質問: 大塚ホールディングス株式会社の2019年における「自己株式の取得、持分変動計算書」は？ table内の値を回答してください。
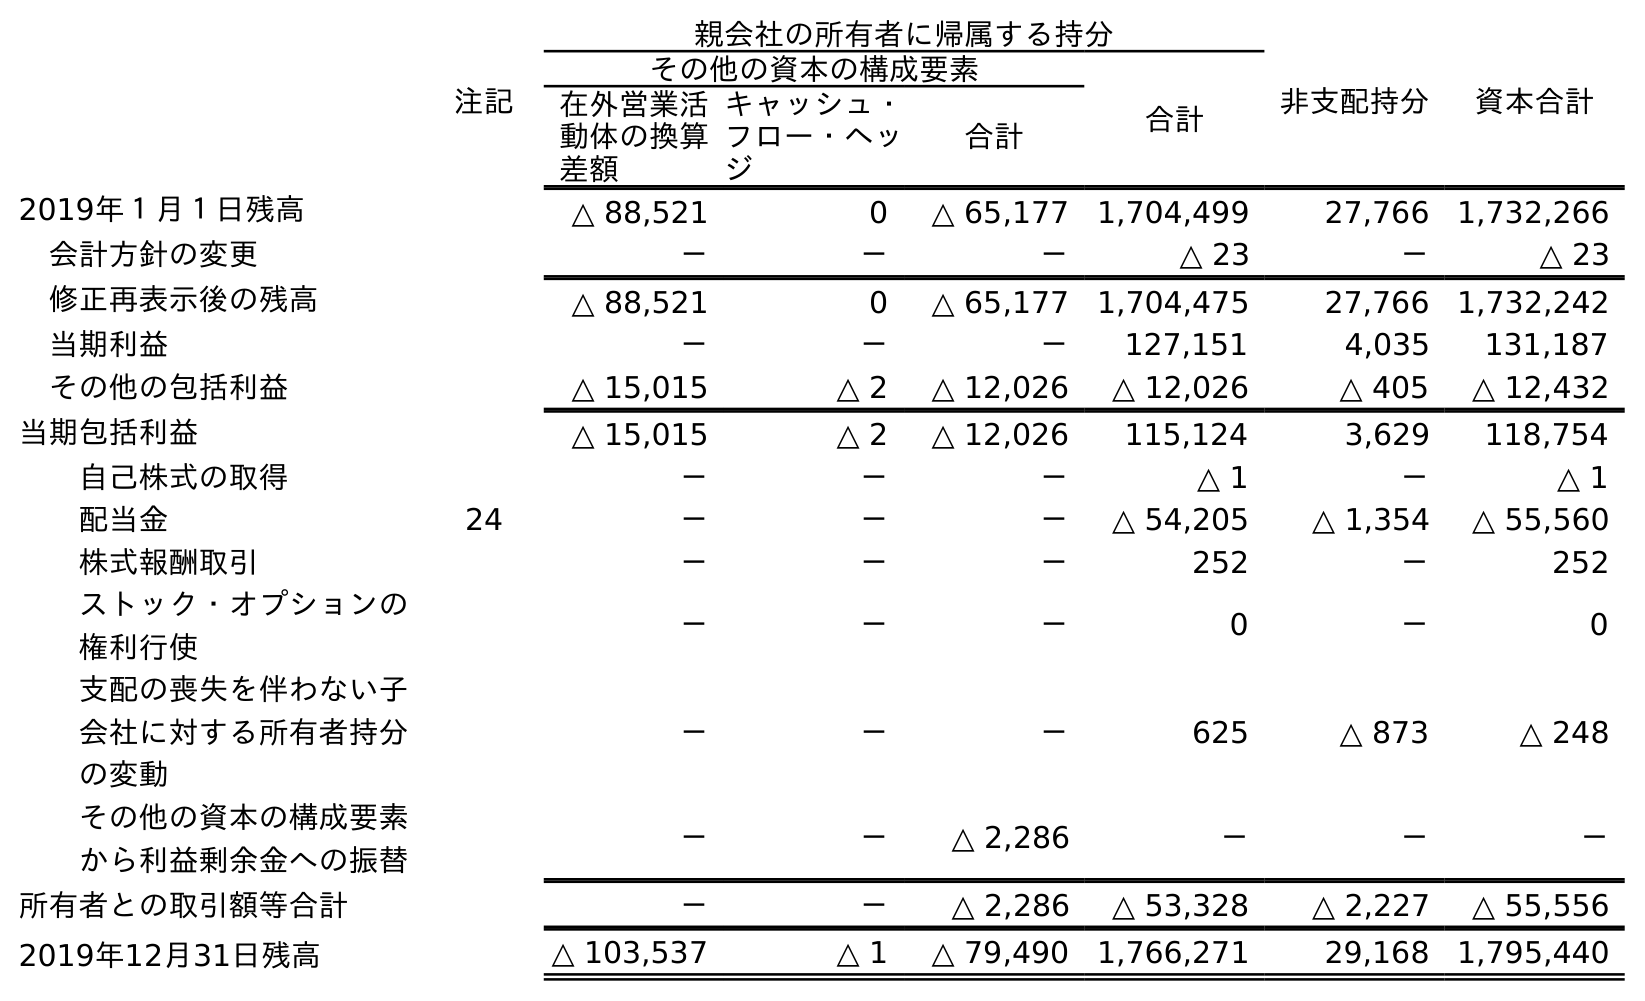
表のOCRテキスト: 注記 親会社の所有者に帰属する持分 非支配持分 資本合計 その他の資本の構成要素 合計 在外営業活 動体の換算 差額 キャッシュ・ フロー・ヘッ ジ 合計 2019年１月１日残高 △ 88,521 0 △ 65,177 1,704,499 27,766 1,732,266 会計方針の変更 － － － △ 23 － △ 23 修正再表示後の残高 △ 88,521 0 △ 65,177 1,704,475 27,766 1,732,242 当期利益 － － － 127,151 4,035 131,187 その他の包括利益 △ 15,015 △ 2 △ 12,026 △ 12,026 △ 405 △ 12,432 当期包括利益 △ 15,015 △ 2 △ 12,026 115,124 3,629 118,754 自己株式の取得 － － － △ 1 － △ 1 配当金 24 － － － △ 54,205 △ 1,354 △ 55,560 株式報酬取引 － － － 252 － 252 ストック・オプションの 権利行使 － － － 0 － 0 支配の喪失を伴わない子 会社に対する所有者持分 の変動 － － － 625 △ 873 △ 248 その他の資本の構成要素 から利益剰余金への振替 － － △ 2,286 － － － 所有者との取引額等合計 － － △ 2,286 △ 53,328 △ 2,227 △ 55,556 2019年12月31日残高 △ 103,537 △ 1 △ 79,490 1,766,271 29,168 1,795,440
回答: △1